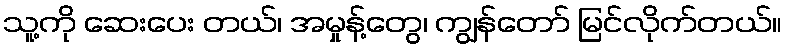
သူ့ကို ဆေးပေး တယ်၊ အမှုန့်တွေ၊ ကျွန်တော် မြင်လိုက်တယ်။